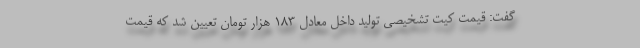
گفت: قیمت کیت تشخیصی تولید داخل معادل 183 هزار تومان تعیین شد که قیمت